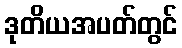
ဒုတိယအပတ်တွင်